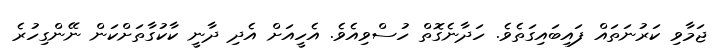
ޖަމާވި ކަރުނަތައް ފައިބައިގަތެވެ. ހަދާނެގޮތް ހުސްވިއެވެ. އެހީއަށް އެދި ދާނީ ކާކުގާތަށްކަން ނޭންގިހުރެ